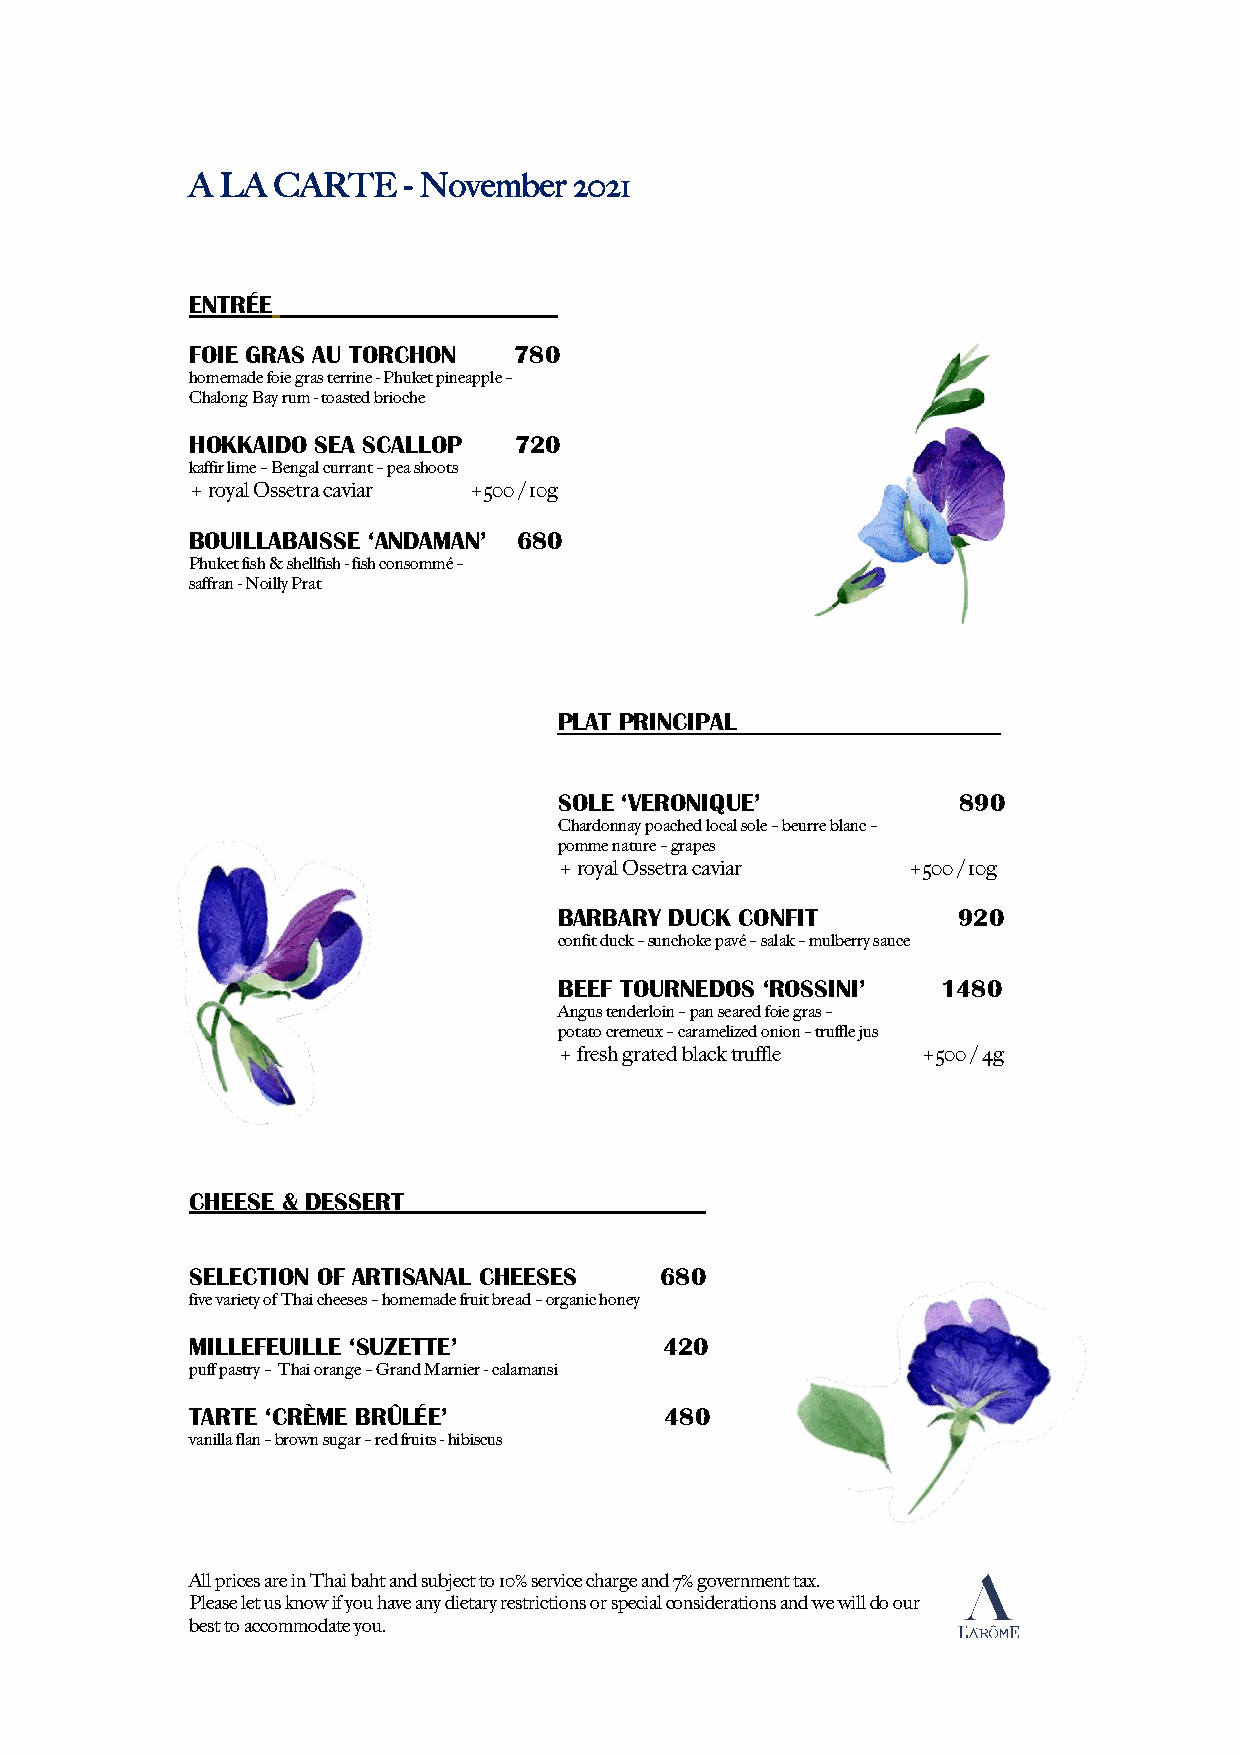
A LA CARTE    - November 2021
 ENTRÉE
 FOIE GRAS AU TORCHON 780
 homemade foie gras terrine - Phuket pineapple –
 Chalong Bay rum - toasted brioche
 HOKKAIDO SEA SCALLOP 720
 kaffir lime – Bengal currant – pea shoots
 + royal Ossetra caviar +500 / 10g
 BOUILLABAISSE ‘ANDAMAN’ 680
 Phuket fish & shellfish - fish consommé –
 saffran - Noilly Prat
 PLAT PRINCIPAL
 SOLE ‘VERONIQUE’          890
 Chardonnay poached local sole – beurre blanc –
 pomme nature – grapes
 + royal Ossetra caviar +500 / 10g
 BARBARY DUCK CONFIT       920
 confit duck – sunchoke pavé – salak – mulberry sauce
 BEEF TOURNEDOS ‘ROSSINI’ 1480
 Angus tenderloin – pan seared foie gras –
 potato cremeux – caramelized onion – truffle jus
 + fresh grated black truffle +500 / 4g
 CHEESE & DESSERT
 SELECTION OF ARTISANAL CHEESES 680
 five variety of Thai cheeses – homemade fruit bread – organic honey
 MILLEFEUILLE ‘SUZETTE’         420
 puff pastry – Thai orange – Grand Marnier - calamansi
 TARTE ‘CRÈME BRÛLÉE’           480
 vanilla flan – brown sugar – red fruits - hibiscus
 All prices are in Thai baht and subject to 10% service charge and 7% government tax.
 Please let us know if you have any dietary restrictions or special considerations and we will do our
 best to accommodate you.